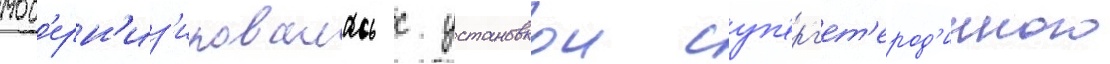
мод'ерн'из'ировалась с установкои суп'ерг'ет'ерод'инного